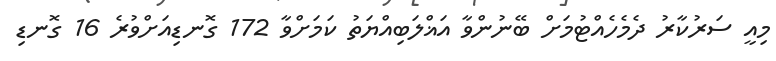
މިއީ ސަރުކާރު ދެމެހެއްޓުމަށް ބޭނުންވާ އަޣްލަބިއްޔަތު ކަމަށްވާ 172 ގޮނޑިއަށްވުރެ 16 ގޮނޑި